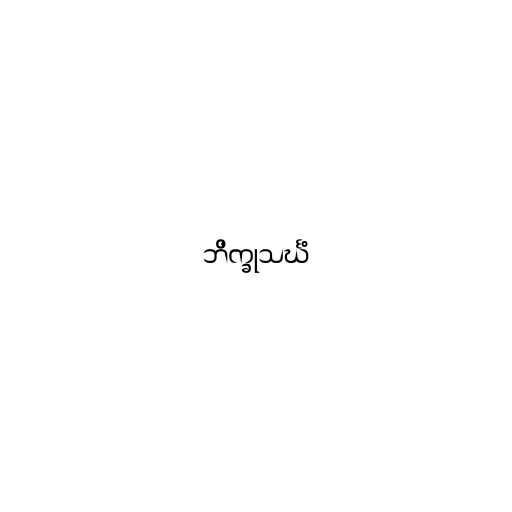
ဘိက္ခုသင်္ဃံ